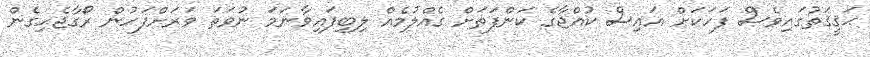
ޙަޤީޤަތުގައިވެސް ފަހަކަށް އައިސް ކުއްޖާގެ ކަންފަތަށް ގެއްލުމެއް ލިބިފައިވާނަމަ ނުވަތަ ވަރަށްފަހުން ރޯގާޖެހިގެން